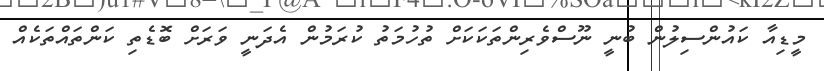
މީޑިއާ ކައުންސިލުން ބުނީ ނޫސްވެރިންތަކަކަށް ތުހުމަތު ކުރަމުން އެދަނީ ވަރަށް ބޮޑެތި ކަންތައްތަކެއް